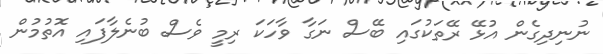
ނުނިދިގެން އުޅޭ ރޭތަކުގައި ބޭސް ނަގާ ވާހަކަ ރިމީ ވެސް ބުނެލާފައި އޮތުމުން